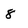
Character: 8